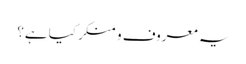
یہ معروف و منکر کیا ہے؟